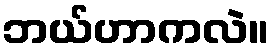
ဘယ်ဟာကလဲ။